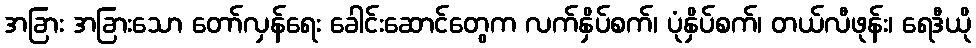
အခြား အခြားသော တော်လှန်ရေး ခေါင်းဆောင်တွေက လက်နှိပ်စက်၊ ပုံနှိပ်စက်၊ တယ်လီဖုန်း၊ ရေဒီယို